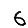
Digit: 6